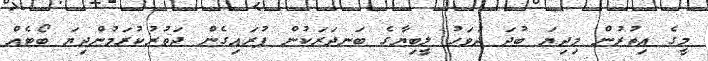
މީގެ އިތުރުން މިދިޔަ ބުދަ ދުވަހު ލީބިޔާގެ ބަނދަރަކުން ފުރައިގެން ދަތުރުކުރަމުންދިޔަ ބޯޓެއް